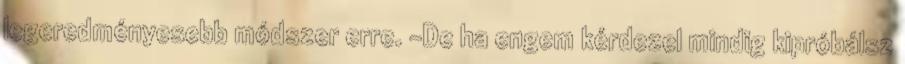
legeredményesebb módszer erre. -De ha engem kérdezel mindig kipróbálsz